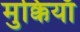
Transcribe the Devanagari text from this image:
मुक्कियाँ